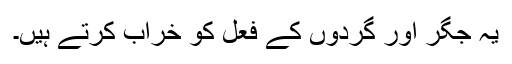
یہ جگر اور گردوں کے فعل کو خراب کرتے ہیں۔